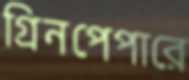
গ্রিনপেপারে